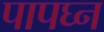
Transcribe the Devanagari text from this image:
पापघ्न